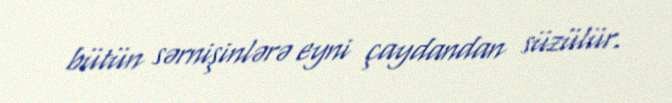
bütün sərnişinlərə eyni çaydandan süzülür.